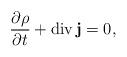
LaTeX: \begin{align*}\frac{\partial\rho}{\partial t}+\operatorname{div}\mathbf{j}=0,\end{align*}